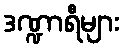
ဒဏ္ဍာရီများ